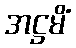
အဋ္ဌမိံ